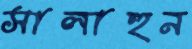
সালাহুন